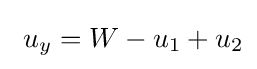
\ u_{y}=W-u_{1}+u_{2}